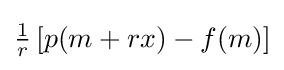
{\tfrac {1}{r}}\left[p(m+rx)-f(m)\right]